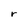
Character: r